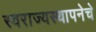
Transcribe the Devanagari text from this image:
स्वराज्यस्थापनेचे